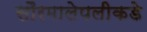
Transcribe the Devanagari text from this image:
सौरमालेपलीकडे